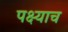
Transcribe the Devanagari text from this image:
पक्ष्याच